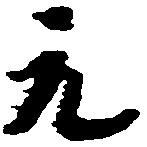
元